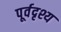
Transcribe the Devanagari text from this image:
पूर्वदृश्य